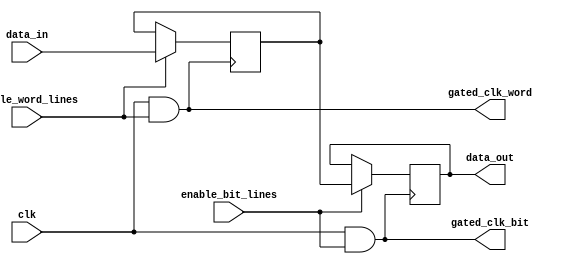
module dynamic_clock_gating (
    input wire clk,                // Main clock signal
    input wire enable_word_lines,  // Enable signal for word lines
    input wire enable_bit_lines,   // Enable signal for bit lines
    input wire [7:0] data_in,      // Data input for memory
    output reg [7:0] data_out,     // Data output from memory
    output wire gated_clk_word,     // Gated clock for word lines
    output wire gated_clk_bit       // Gated clock for bit lines
);

// Clock Gating Logic
assign gated_clk_word = clk & enable_word_lines; // Gated clock for word lines
assign gated_clk_bit = clk & enable_bit_lines;   // Gated clock for bit lines

// Memory Block
reg [7:0] memory [0:255]; // Example memory array of 256 bytes

// Write Operation
always @(posedge gated_clk_word) begin
    if (enable_word_lines) begin
        // Write data to memory (for example, at address 0)
        memory[0] <= data_in; // Simple write operation
    end
end

// Read Operation
always @(posedge gated_clk_bit) begin
    if (enable_bit_lines) begin
        // Read data from memory (for example, at address 0)
        data_out <= memory[0]; // Simple read operation
    end
end

endmodule